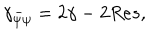
\gamma _ { \bar { \psi } \psi } = 2 \gamma - 2 R e s ,